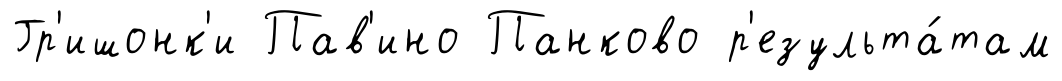
Гр'ишонк'и Пав'ино Панково р'езульта́там